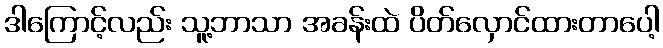
ဒါကြောင့်လည်း သူ့ဘာသာ အခန်းထဲ ပိတ်လှောင်ထားတာပေါ့